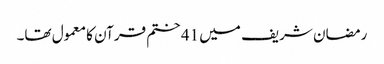
رمضان شریف میں 41 ختم قرآن کا معمول تھا۔